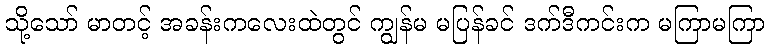
သို့သော် မာတင့် အခန်းကလေးထဲတွင် ကျွန်မ မပြန်ခင် ဒက်ဒီကင်းက မကြာမကြာ